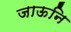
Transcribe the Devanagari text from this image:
जाऊनि